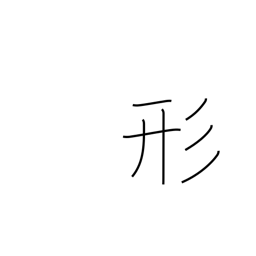
Meaning: form